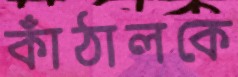
কাঁঠালকে